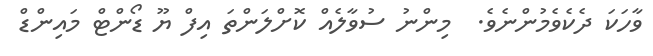
ވާހަކަ ދެކެވެމުންނެވެ.  މިންނު ސުވާލެއް ކޮށްލަންތަ އިފް ޔޫ ޑޯންޓް މައިންޑް